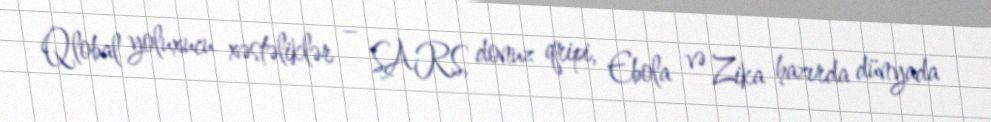
Qlobal yoluxucu xəstəliklər – SARS, donuz qripi, Ebola və Zika hazırda dünyada